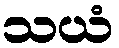
သယံ